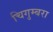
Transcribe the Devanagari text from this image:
चिगुम्बरा